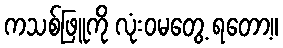
ကသစ်ဖြူကို လုံးဝမတွေ့ ရတော့။